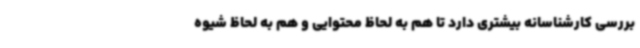
بررسی کارشناسانه بیشتری دارد تا هم به لحاظ محتوایی و هم به لحاظ شیوه